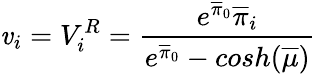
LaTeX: \mathit{v}_{i}=V_{i}^{R}=\frac{{{e^{\overline{{{{\pi}}}}_{0}}\overline{{{{\pi}}}}_{i}}}}{{e^{\overline{{{{\pi}}}}_{0}}-cosh(\overline{{{{\mu}}}})}}